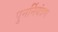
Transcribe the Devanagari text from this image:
पुनर्नियंत्रण